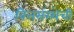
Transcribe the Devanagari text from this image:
वित्तसंस्थेची